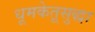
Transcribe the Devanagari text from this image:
धूमकेतूसुद्धा